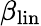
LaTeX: \beta_{\mathrm{lin}}